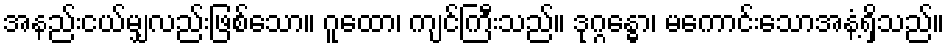
အနည်းငယ်မျှလည်းဖြစ်သော။ ဂူထော၊ ကျင်ကြီးသည်။ ဒုဂ္ဂန္ဓော၊ မကောင်းသောအနံ့ရှိသည်။